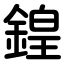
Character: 鍠